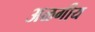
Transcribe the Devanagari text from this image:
अळगीय